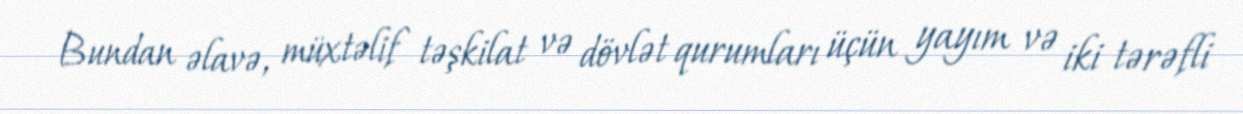
Bundan əlavə, müxtəlif təşkilat və dövlət qurumları üçün yayım və iki tərəfli